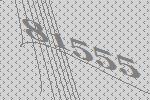
81555